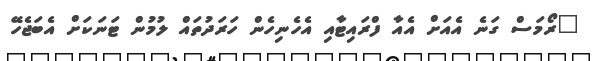
"ރޯމަސް ގަނެ އެއަށް އެއާ ފްރައިޓާއި އެހެނިހެން ހަރަދުތައް ލުމުން ޓަނަކަށް އެބަޖެހޭ